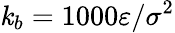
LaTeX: \mathit{k}_{b}=1000\varepsilon/\sigma^{2}